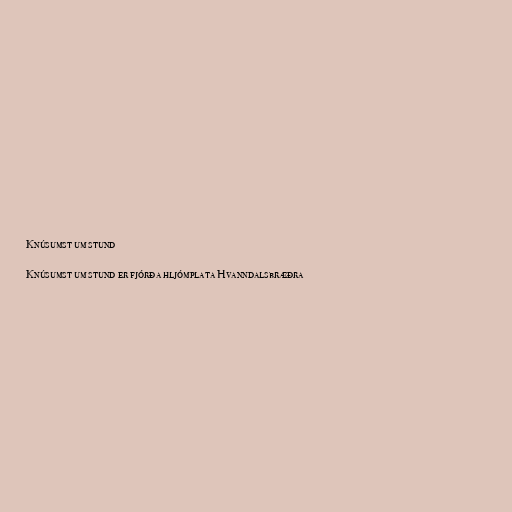
Knúsumst um stund

Knúsumst um stund er fjórða hljómplata Hvanndalsbræðra